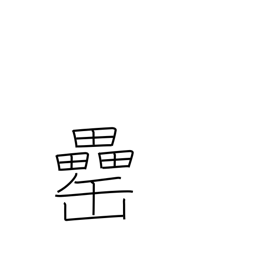
Meaning: liquor jar